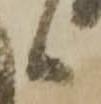
々